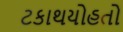
ટકાથયોહતો